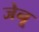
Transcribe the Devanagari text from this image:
जेनू